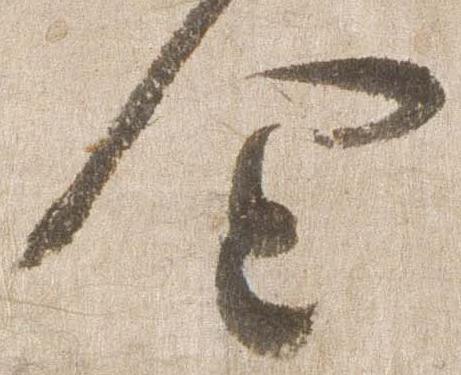
企